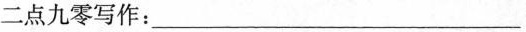
二点九零写作：______